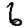
Digit: 6